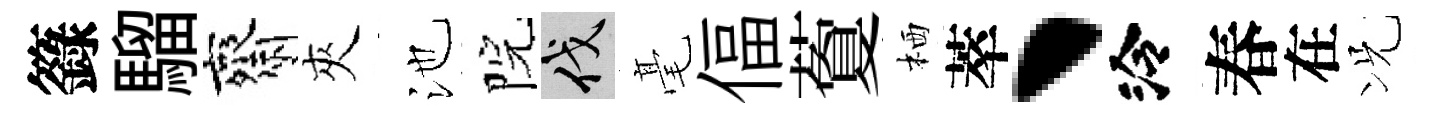
籙騮齋夾池院伐毫偪藑栖萃、泠春在况